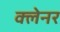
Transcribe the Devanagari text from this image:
क्लेनर